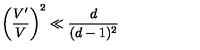
\left( \frac { V ^ { \prime } } { V } \right) ^ { 2 } \ll \frac { d } { ( d - 1 ) ^ { 2 } }